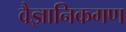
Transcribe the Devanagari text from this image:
वैज्ञानिकगण